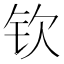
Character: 钦